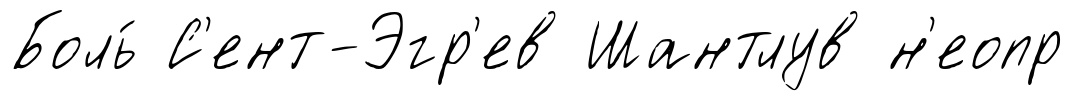
Боль́ С'ент-Эгр'ев Шантлув н'еопр